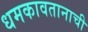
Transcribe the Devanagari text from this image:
धमकावतानाची